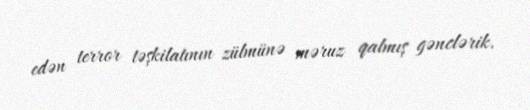
edən terror təşkilatının zülmünə məruz qalmış gənclərik.